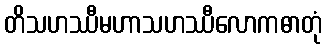
တိသဟဿီမဟာသဟဿီလောကဓာတုံ